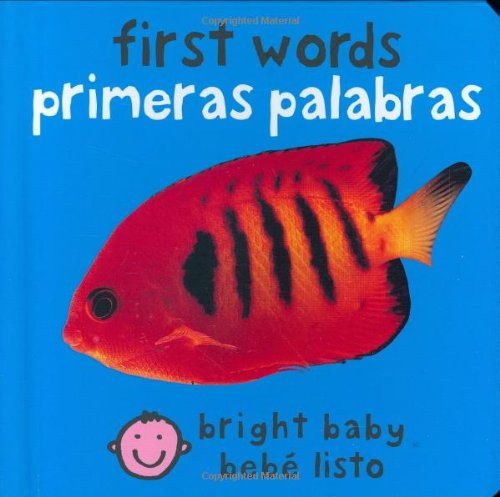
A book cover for First Words (Bilingual Bright Baby) / Primeras Palabras (Bebe Listo) (Spanish Edition); Roger Priddy; Children's Books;